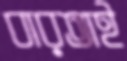
বারতাই